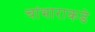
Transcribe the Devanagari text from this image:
चांभाराकडे